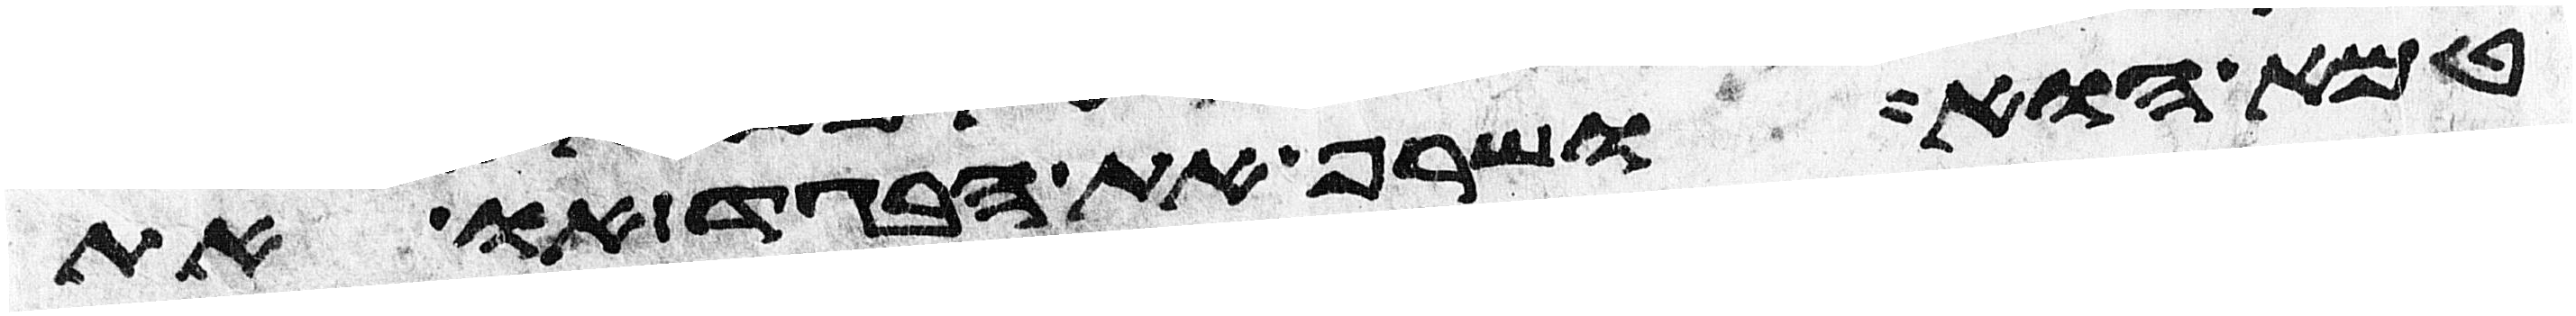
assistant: טמא הוא ושרף את הבגד או את